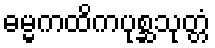
ဓမ္မကထိကပုစ္ဆသုတ္တံ